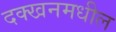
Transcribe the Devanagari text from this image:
दक्खनमधील